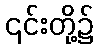
၎င်းတို့၌